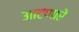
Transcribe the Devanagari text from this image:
आटणारे